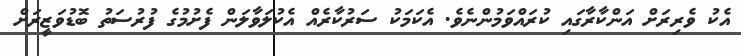
އެކު ވެރިރަށް އަންކާރާގައި ކުރައްވަމުންނެވެ. އެކަމަކު ސަރުކާރެއް އެކުލަވާލަން ފެށުމުގެ ފުރުސަތު ބޮޑުވަޒީރަށް